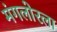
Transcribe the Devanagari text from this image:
मंगलोरला